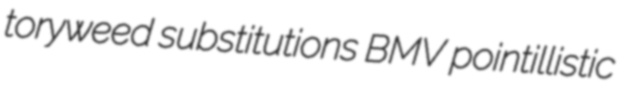
toryweed substitutions BMV pointillistic